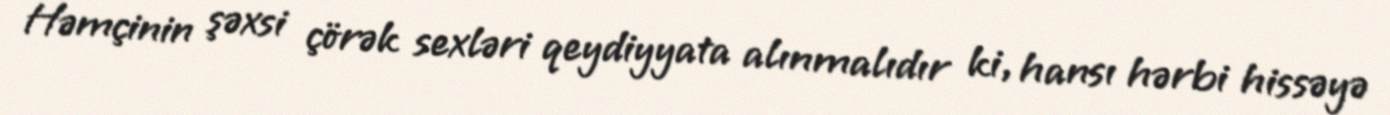
Həmçinin şəxsi çörək sexləri qeydiyyata alınmalıdır ki, hansı hərbi hissəyə